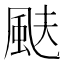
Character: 颫